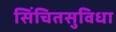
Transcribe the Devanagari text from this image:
सिंचितसुविधा